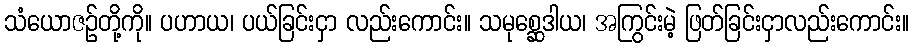
သံယောဇဉ်တို့ကို။ ပဟာယ၊ ပယ်ခြင်းငှာ လည်းကောင်း။ သမုစ္ဆေဒါယ၊ အကြွင်းမဲ့ ဖြတ်ခြင်းငှာလည်းကောင်း။